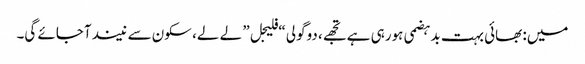
میں: بھائی بہت بدہضمی ہورہی ہے تجھے، دوگولی “فلیجل” لے لے، سکون سے نیند آجائے گی۔